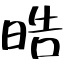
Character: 晧